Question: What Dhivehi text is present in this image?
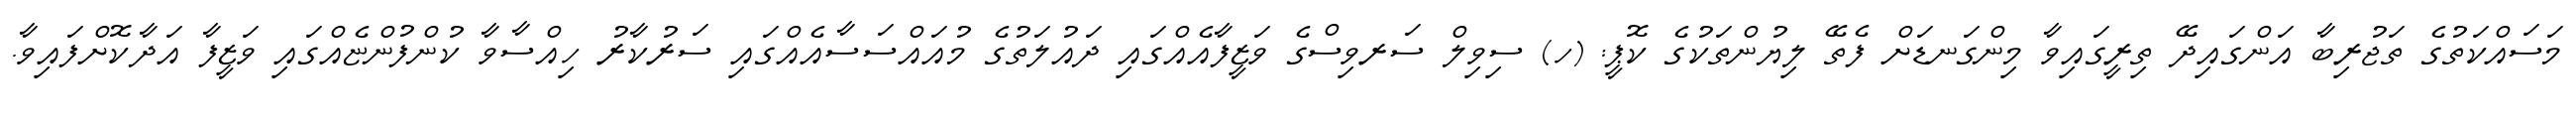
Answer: މަސައްކަތުގެ ތަޖުރިބާ އަންގައިދޭ ތިރީގައިވާ މިންގަނޑަށް ފެތޭ ލިޔުންތަކުގެ ކޮޕީ: (ހ) ސިވިލް ސަރވިސްގެ ވަޒީފާއެއްގައި ދައުލަތުގެ މުއައްސަސާއެއްގައި ސަރުކާރު ހިއްސާވާ ކުންފުންޏެއްގައި ވަޒީފާ އަދާކޮށްފައިވާ.